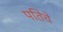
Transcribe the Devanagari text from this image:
पतिचे